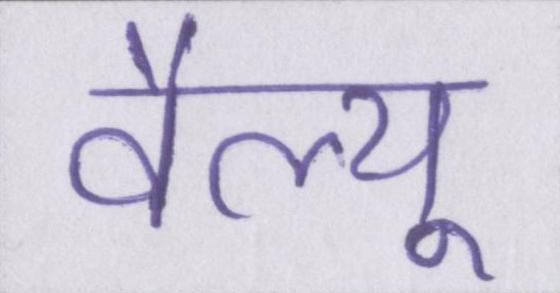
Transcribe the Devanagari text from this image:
वैल्यू